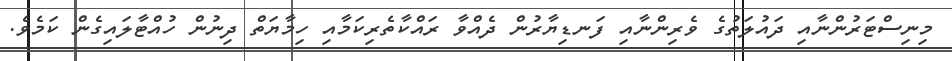
މިނިސްޓަރުންނާއި ދައުލަތުގެ ވެރިންނާއި ފަނޑިޔާރުން ދެއްވާ ރައްކާތެރިކަމާއި ހިމާޔަތް ދިނުން ހުއްޓާލައިގެން ކަމެވެ.